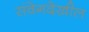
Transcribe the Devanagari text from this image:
संवेगदेखील